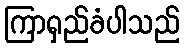
ကြာရှည်ခံပါသည်